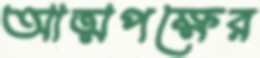
আত্মপক্ষের